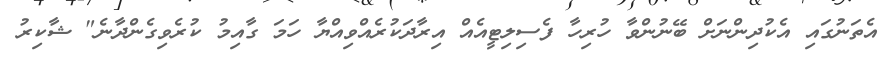
އެތަނުގައި އެކުދިންނަށް ބޭނުންވާ ހުރިހާ ފެސިލިޓީއެއް އިރާދަކުރެއްވިއްޔާ ހަމަ ގާއިމު ކުރެވިގެންދާނެ" ޝާކިރު